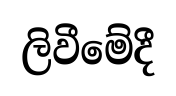
ලිවීමේදී